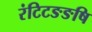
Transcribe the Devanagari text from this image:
रंटिटङङषि